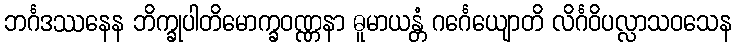
ဘင်္ဂဒဿနေန ဘိက္ခုပါတိမောက္ခဝဏ္ဏနာ ဓူမာယန္တံ ဂင်္ဂေယျောတိ လိင်္ဂဝိပလ္လာသဝသေန